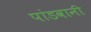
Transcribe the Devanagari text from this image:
पांडवानी